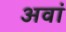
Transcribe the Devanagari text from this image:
अवां